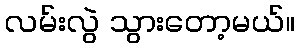
လမ်းလွဲ သွားတော့မယ်။